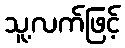
သူ့လက်ဖြင့်